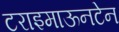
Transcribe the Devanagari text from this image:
टराइमाऊनटेन